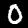
Digit: 0